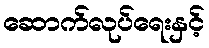
ဆောက်လုပ်ရေးနှင့်